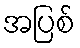
အပြစ်